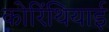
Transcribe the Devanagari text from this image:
कोरिंथियाई